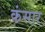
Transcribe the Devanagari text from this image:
कंसार